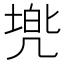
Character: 𫥢